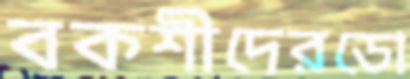
বকশীদেরডো